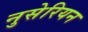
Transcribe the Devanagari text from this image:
नुसेरियन